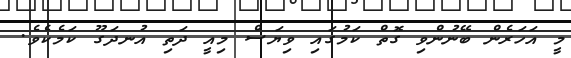
މީ އަހަރެން ބޭނުންވި ގޮތް ކަމުގައި ވިޔަސް މިއީ ދަތި އުނދަގޫ ކަމެކެވެ.